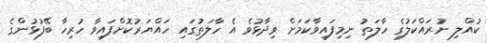
ކުއްލި ނުރައްކަލުގެ ހާލަތު ނިމިފައިވާކަމަށް ވިދާޅުވެ އެ ހާލަތުގައި ހައްޔަރުކޮށްފައިވާ ހުރިހާ ބޭފުޅުންގެ